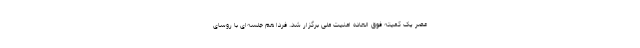
عصر یک کمیته فوق العاده امنیت ملی برگزار شد. فردا هم جلسه‌ای با روسای